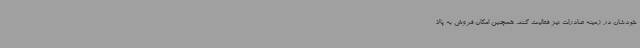
خودشان در زمینه صادرات نیز فعالیت کنند. همچنین امکان فروش به پالا